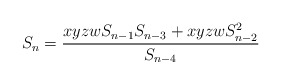
\begin{align*} S_n=\frac{xyzw S_{n-1}S_{n-3}+xyzw S_{n-2}^2}{S_{n-4}} \end{align*}